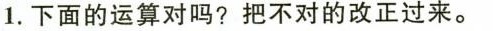
1.下面的运算对吗?把不对的改正过来。